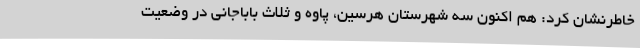
خاطرنشان کرد: هم اکنون سه شهرستان هرسین، پاوه و ثلاث باباجانی در وضعیت